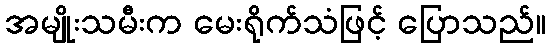
အမျိုးသမီးက မေးရိုက်သံဖြင့် ပြောသည်။